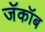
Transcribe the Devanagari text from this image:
जॅकॉब